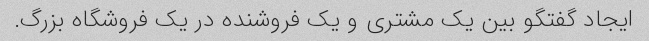
ایجاد گفتگو بین یک مشتری و یک فروشنده در یک فروشگاه بزرگ.